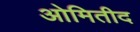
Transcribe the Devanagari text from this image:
ओमितीद